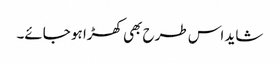
شاید اس طرح بھی کھڑا ہو جائے۔